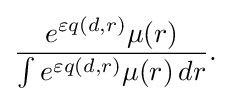
{\frac {e^{\varepsilon q(d,r)}\mu (r)}{\int e^{\varepsilon q(d,r)}\mu (r)\,dr}}.\,\!